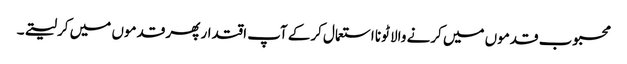
محبوب قدموں میں کرنے والا ٹونا استعمال کرکے آپ اقتدار پھر قدموں میں کرلیتے۔